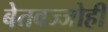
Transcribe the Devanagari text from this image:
बेतवज्जोही